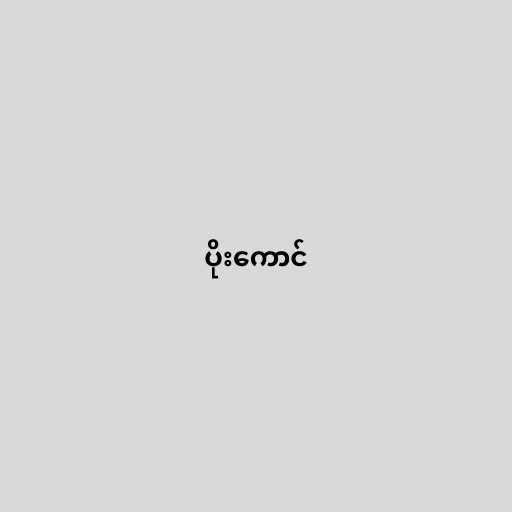
ပိုးကောင်